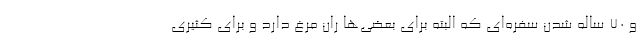
و 70 ساله شدن سفره‌ای که البته برای بعضی‌ها ران مرغ دارد و برای کثیری